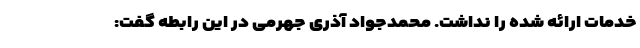
خدمات ارائه ‌شده را نداشت. محمدجواد آذری جهرمی در این رابطه گفت: